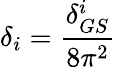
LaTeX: \delta_{i}=\frac{\delta_{GS}^{i}}{8\pi^{2}}